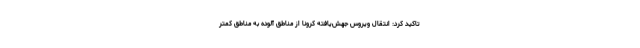
تاکید کرد: انتقال ویروس جهش‌یافته کرونا از مناطق آلوده به مناطق کمتر